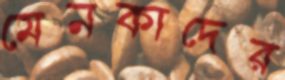
মেনকাদের